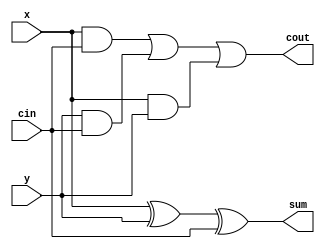
module Full_adder_1bit (x,y,cin,sum,cout);

input x,y,cin;
output sum,cout;

wire w1,w2,w3;

xor (sum,x,y,cin);

and (w1,x,cin);
and (w2,y,cin);
and (w3,x,y);

or (cout,w1,w2,w3);

endmodule


module test_Full_adder_1bit;

reg _x,_y,_cin;
wire _sum,_cout;

Full_adder_1bit full(.x(_x),.y(_y),.cin(_cin),.sum(_sum),.cout(_cout));

initial begin
_x=1'b0; _y=1'b0; _cin=1'b0;

#10

_cin=1'b1;

#10

_y=1'b1; _cin=1'b0;

#10

_cin=1'b1;

#10

_x=1'b1; _y=1'b0; _cin=1'b0;

#10

_cin=1'b1;

#10

_y=1'b1; _cin=1'b0;

#10

_cin=1'b1;

end

endmodule